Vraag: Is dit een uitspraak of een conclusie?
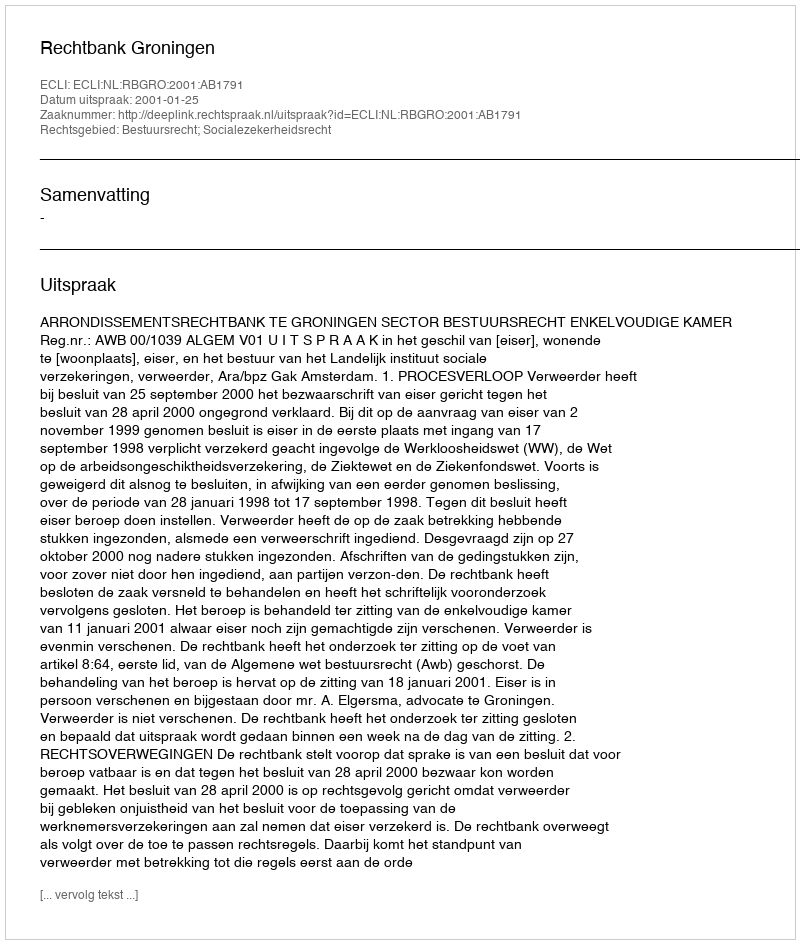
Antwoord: Uitspraak